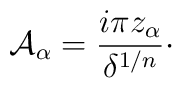
{\cal A}_{\alpha} = {i\pi z_{\alpha}\over\delta^{1/n}}\cdotp